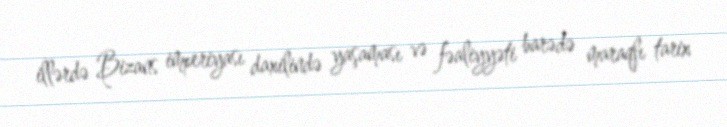
illərdə Bizans imperiyası daxilində yaşaması və fəaliyyəti barədə maraqlı tarix